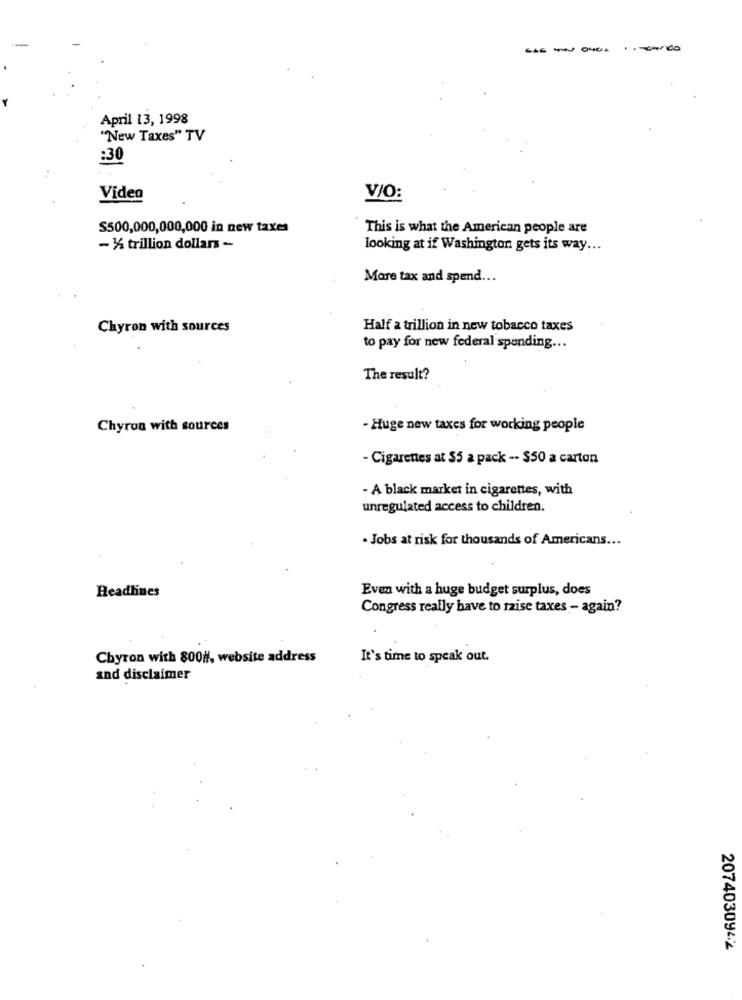
-------
April 13, 1998
"New Taxes" TV
:30
Video
V/O:
S500,000,000,000 in new taxes
This is what the American people are
- X trillion dollars -
looking at if Washington gets its way ...
More tax and spend ...
Chyron with sources
Half a trillion in new tobacco taxes
to pay for new federal spending ...
The result?
Chyron with sources
- Huge new taxes for working people
- Cigarettes at 55 a pack -- $50 a carton
- A black market in cigarettes, with
unregulated access to children.
- Jobs at risk for thousands of Americans ...
Even with a huge budget surplus, does
Headlines
Congress really have to raise taxes - again?
Chyron with 800H, website address
It's time to speak out.
and disclaimer
2074030942